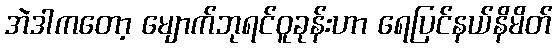
အဲဒါကတော့ မျောက်ဘုရင်ဝူခုန်းဟာ ရေပြင်နယ်နိမိတ်